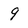
Character: 9